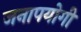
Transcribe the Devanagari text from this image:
जनापयोगी